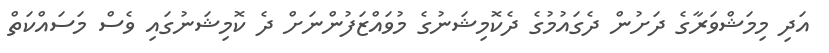
އަދި މިމަޝްވަރާގެ ދަށުން ދެގައުމުގެ ދެކޮމިޝަނުގެ މުވައްޒަފުންނަށް ދެ ކޮމިޝަނުގައި ވެސް މަސައްކަތް